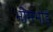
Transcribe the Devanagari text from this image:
भीमभोई